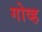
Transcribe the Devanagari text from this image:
गोव्ह